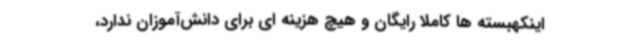
اینکهبسته ها کاملاً رایگان و هیچ هزینه ای برای دانش‌آموزان ندارد،